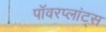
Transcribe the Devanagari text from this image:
पॉवरप्लांट्स